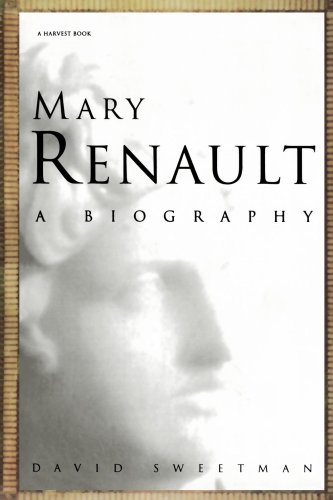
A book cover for Mary Renault: A Biography (Harvest Book); David Sweetman; Gay & Lesbian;